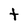
Character: t